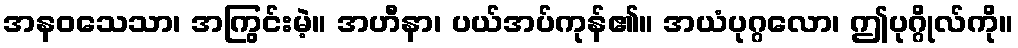
အနဝသေသာ၊ အကြွင်းမဲ့။ အဟီနာ၊ ပယ်အပ်ကုန်၏။ အယံပုဂ္ဂလော၊ ဤပုဂ္ဂိုလ်ကို။